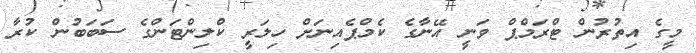
މީގެ އިތުރުން ޓްރަމްޕް ވަނީ އޭނާގެ ކެމްޕެއިނަށް ހިލަރީ ކްލިންޓަންގެ ސަބަބުން ކުރާ